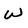
Character: W